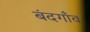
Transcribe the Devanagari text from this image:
बंदगाँव